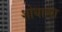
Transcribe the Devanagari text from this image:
शोधाव्या